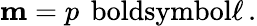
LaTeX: \mathbf{m}=p\, \mathrm{\ boldsymbol{\ell}}\, .